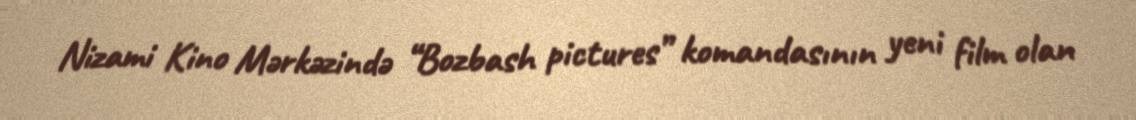
Nizami Kino Mərkəzində “Bozbash pictures” komandasının yeni film olan